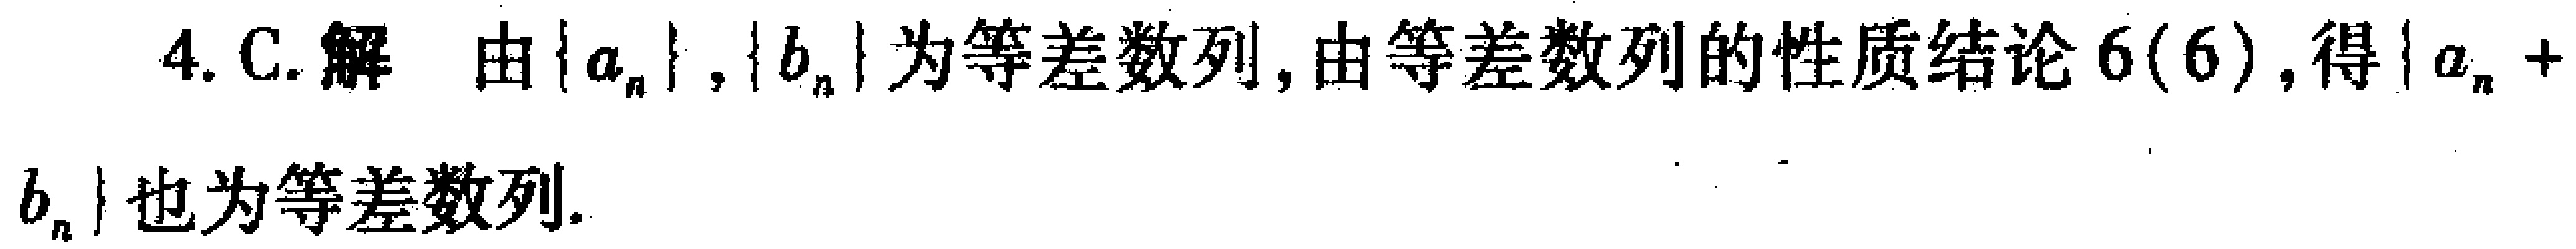
4. C. 解 由\(\{a_{n}\},\{b_{n}\}\)为等差数列, 由等差数列的性质结论 \(6(6)\),得\(\{a_{n}+b_{n}\}\)也为等差数列.